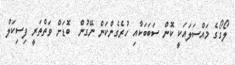
ލޯގޯގެ މައްސަލައަކީ ކޮން ސަބަބަކާއި ހުރެގެންކަން ނޭގުން  ބޮޑަށް ވަތްތަރީ ފިސިކަލް